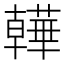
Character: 𧂽